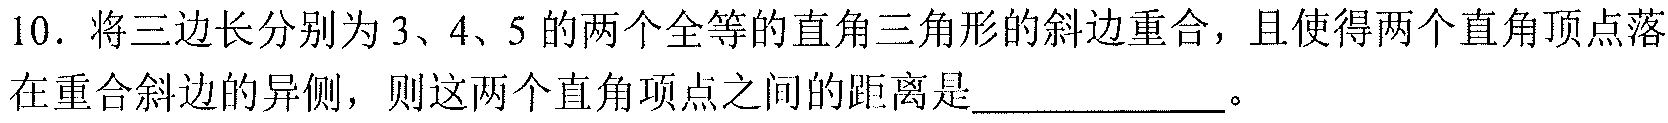
10. 将三边长分别为\(3\)、\(4\)、\(5\)的两个全等的直角三角形的斜边重合，且使得两个直角顶点落在重合斜边的异侧，则这两个直角顶点之间的距离是  。